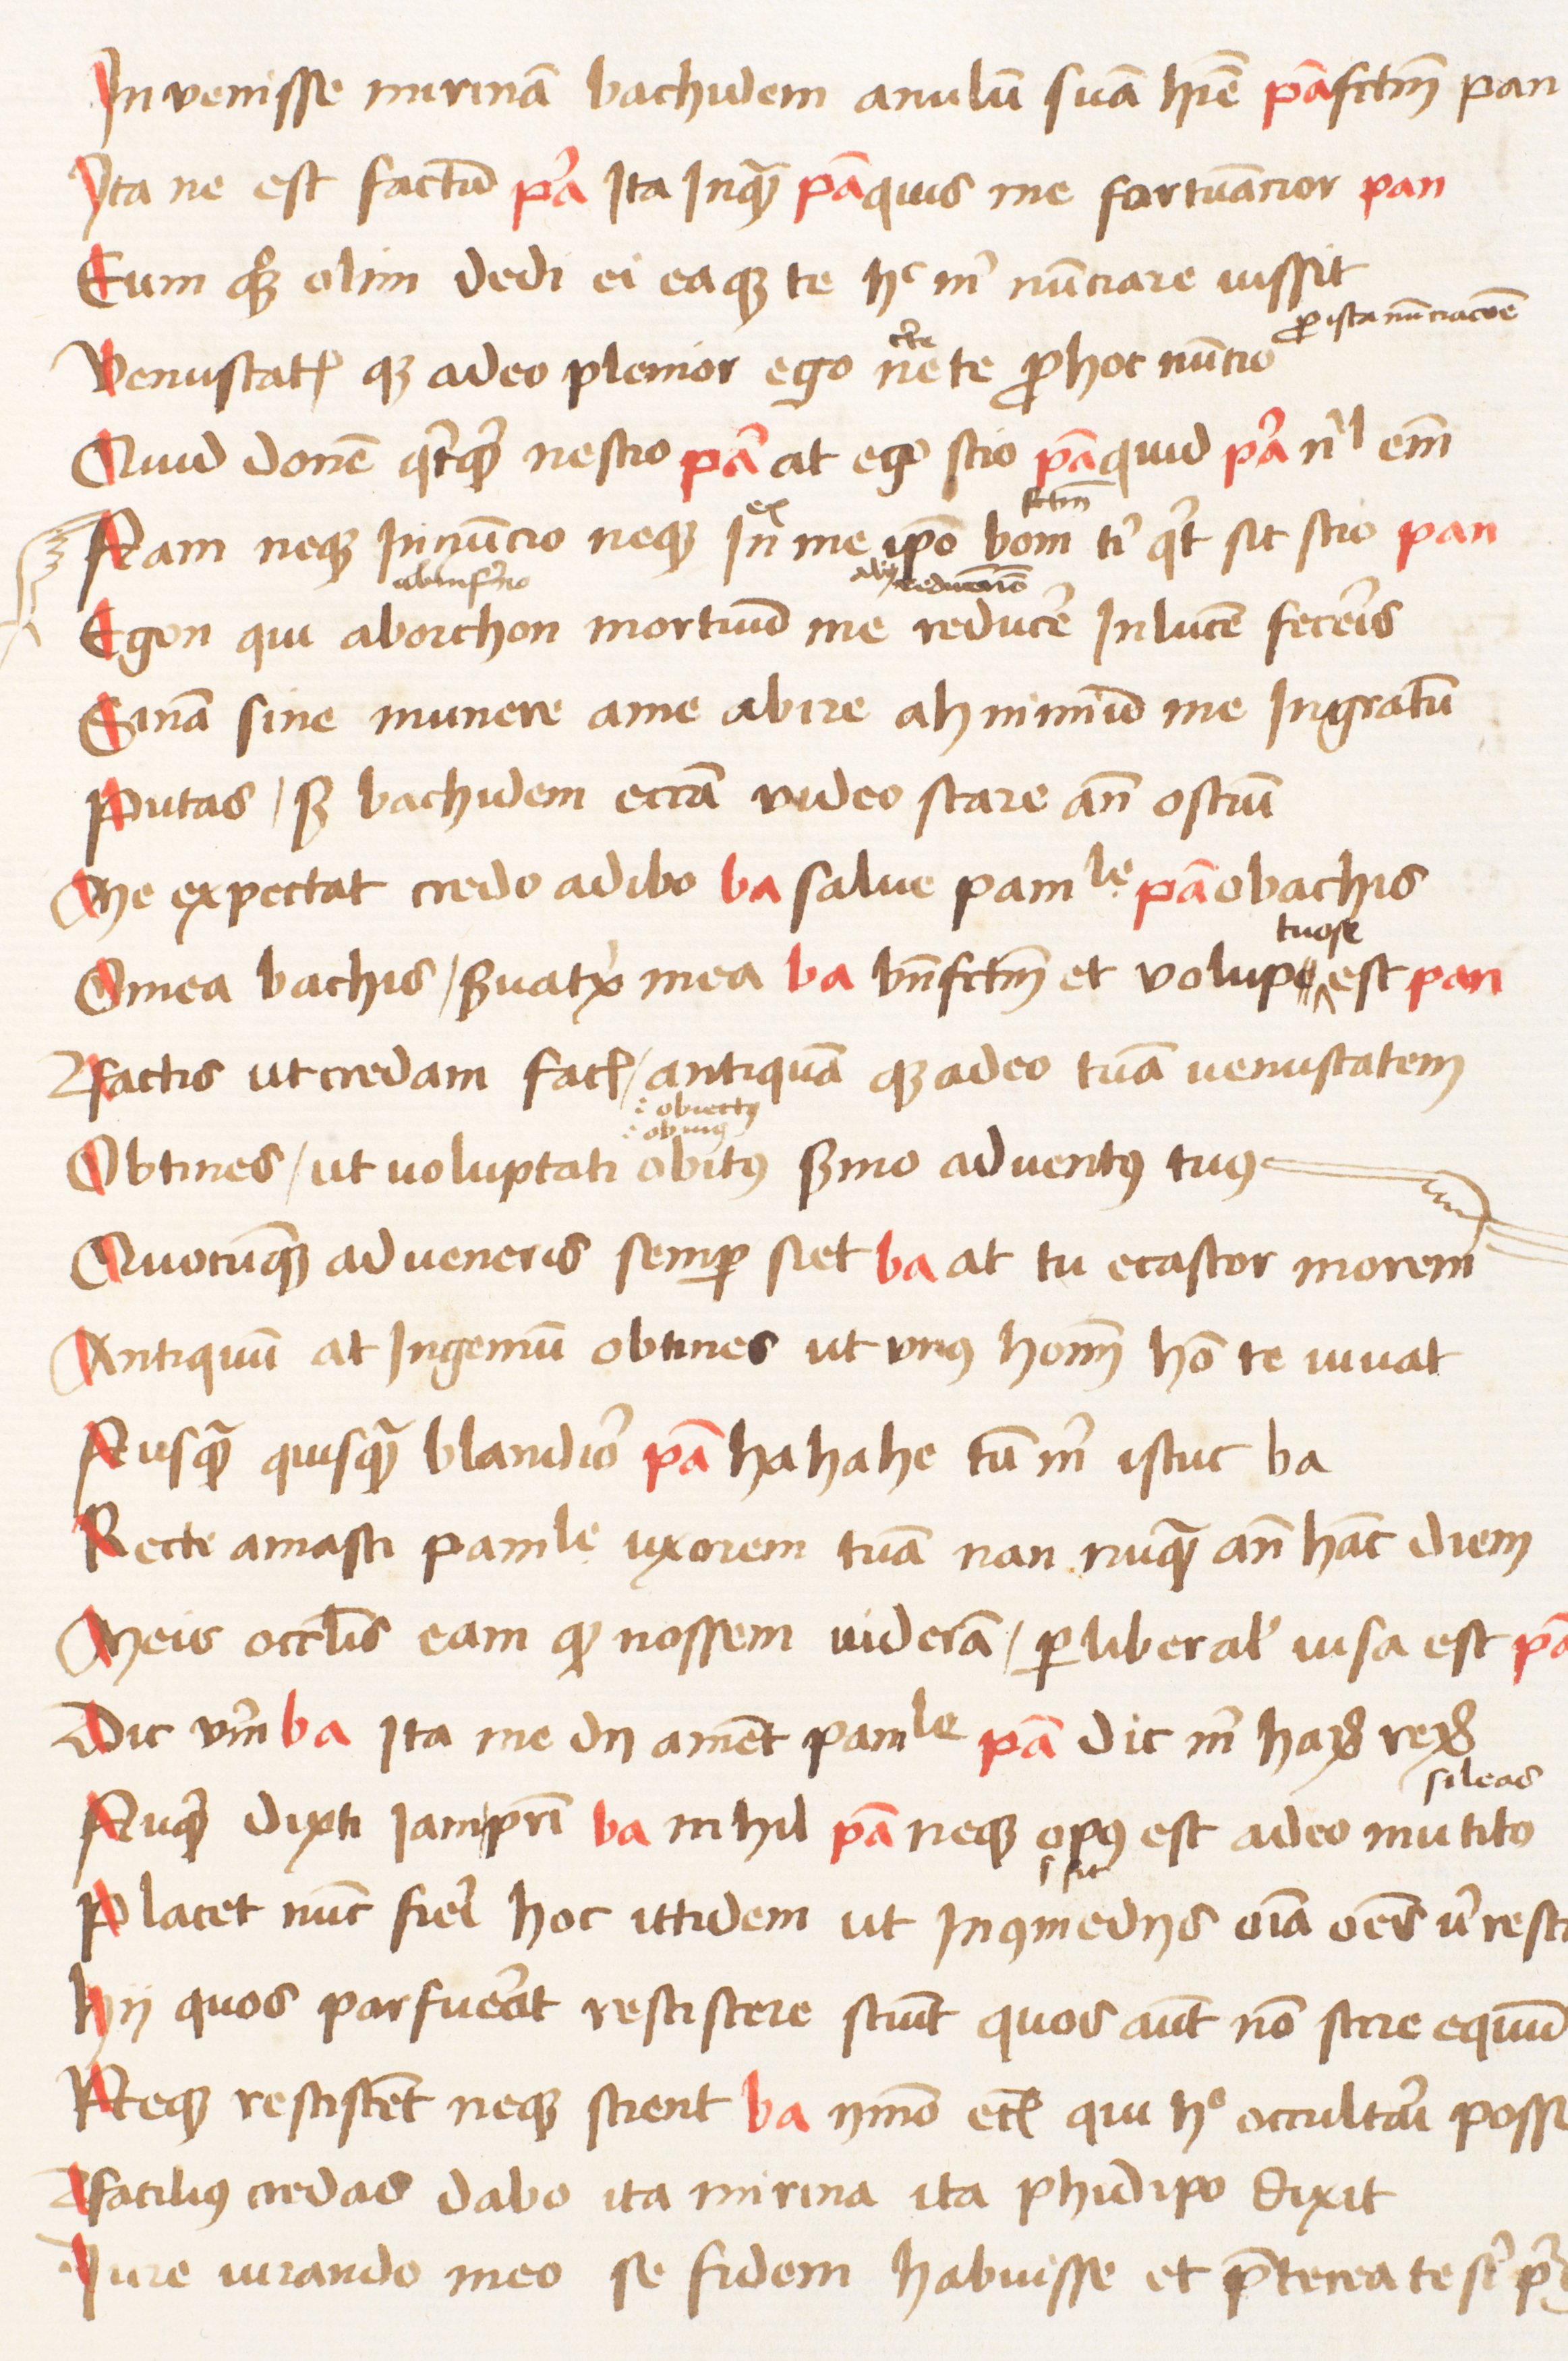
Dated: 1470–1472